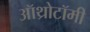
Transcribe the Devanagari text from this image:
ऑथ्रोटॉमी